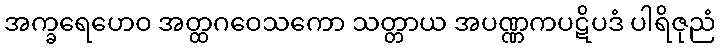
အက္ခရေဟေဝ အတ္ထဂဝေသကော သတ္တာယ အပဏ္ဏကပဋိပဒံ ပါရိဇုညံ